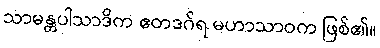
သာမန္တပါသာဒိက ဧတဒဂ်ရ မဟာသာဝက ဖြစ်၏။